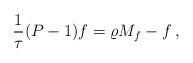
LaTeX: \begin{align*}\frac 1\tau (P-1)f = \varrho M_f- f\,,\end{align*}